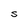
Character: S